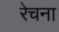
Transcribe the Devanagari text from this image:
रेचना